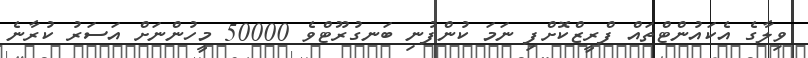
ވިލާގެ އެކައުންޓްތައް ފްރީޒްކޮށްފި ނަމަ ކުންފުނި ބަނގުރޫޓްވެ 50000 މީހުންނަށް އަސަރު ކުރާނެ